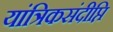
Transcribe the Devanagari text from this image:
यांत्रिकसंदीप्ति